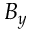
B _ { y }